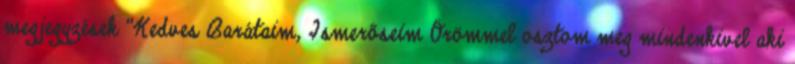
megjegyzések “Kedves Barátaim, Ismerőseim Örömmel osztom meg mindenkivel aki